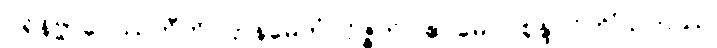
ပရိနိဗ္ဗာပေဿတီတိ ဌာနမေတံ ဝိဇ္ဇတိ၊ ဧဝမေဝ စုန္ဒ ဝိဟိံသကဿ